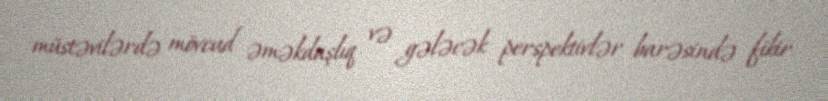
müstəvilərdə mövcud əməkdaşlıq və gələcək perspektivlər barəsində fikir